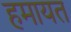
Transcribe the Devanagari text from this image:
हमायत